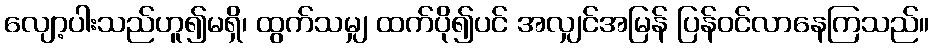
လျော့ပါးသည်ဟူ၍မရှိ၊ ထွက်သမျှ ထက်ပို၍ပင် အလျှင်အမြန် ပြန်ဝင်လာနေကြသည်။